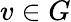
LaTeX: v\in G